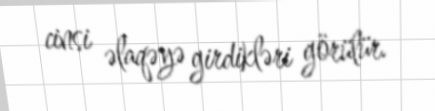
cinsi əlaqəyə girdikləri görülür.